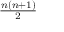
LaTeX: \textstyle { \frac { n ( n + 1 ) } { 2 } }